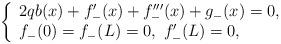
LaTeX: \begin{align*}\left\{\begin{array}[c]{l}2qb(x)+f_-'(x)+f_-'''(x)+g_-(x)=0,\\f_-(0)=f_-(L)=0,~f_-'(L)=0,\end{array}\right. \end{align*}